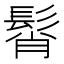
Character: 髾